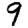
Digit: 9